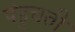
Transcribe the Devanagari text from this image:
पंहुचती